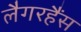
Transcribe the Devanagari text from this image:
लैगरहैंस